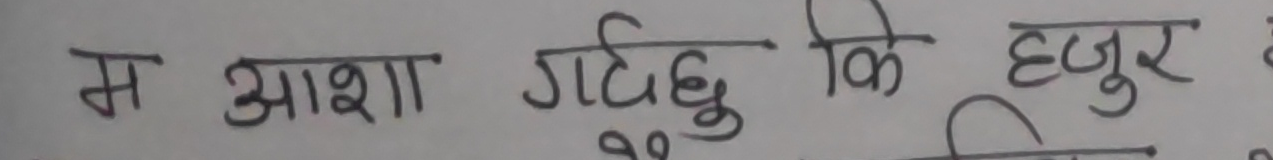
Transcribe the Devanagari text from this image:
म आशा गर्दछु कि हजुर